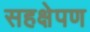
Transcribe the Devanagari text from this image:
सहक्षेपण